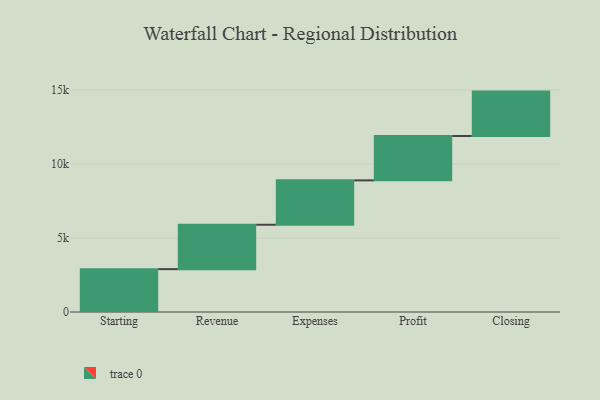
{"axis": {"x": "Step", "y": "Value"}, "legend": [""], "data": [{"x": "Starting", "y": 2897.0, "type": ""}, {"x": "Revenue", "y": 3000, "type": ""}, {"x": "Expenses", "y": 3000, "type": ""}, {"x": "Profit", "y": 3000, "type": ""}, {"x": "Closing", "y": 3000, "type": ""}]}